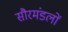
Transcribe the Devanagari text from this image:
सौरमंडलों